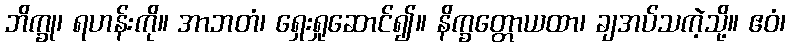
ဘိက္ခု၊ ရဟန်းကို။ အာဘတံ၊ ရှေးရှုဆောင်၍။ နိက္ခတ္တောယထာ၊ ချအပ်သကဲ့သို့။ ဧဝံ၊